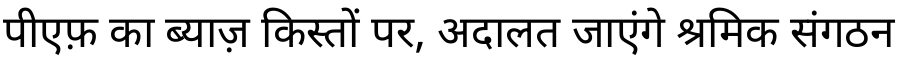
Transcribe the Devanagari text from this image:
पीएफ़ का ब्याज़ किस्तों पर, अदालत जाएंगे श्रमिक संगठन